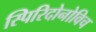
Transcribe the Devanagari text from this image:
स्पिरिदोनोविच